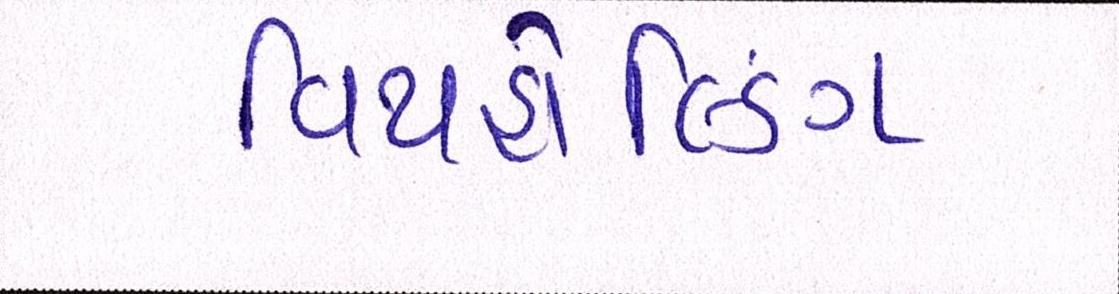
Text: વિથહોલ્ડિંગ